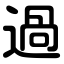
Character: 過